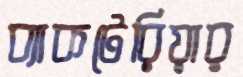
ব্যাকটেরিয়ার